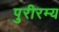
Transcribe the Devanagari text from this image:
पुरीरम्य